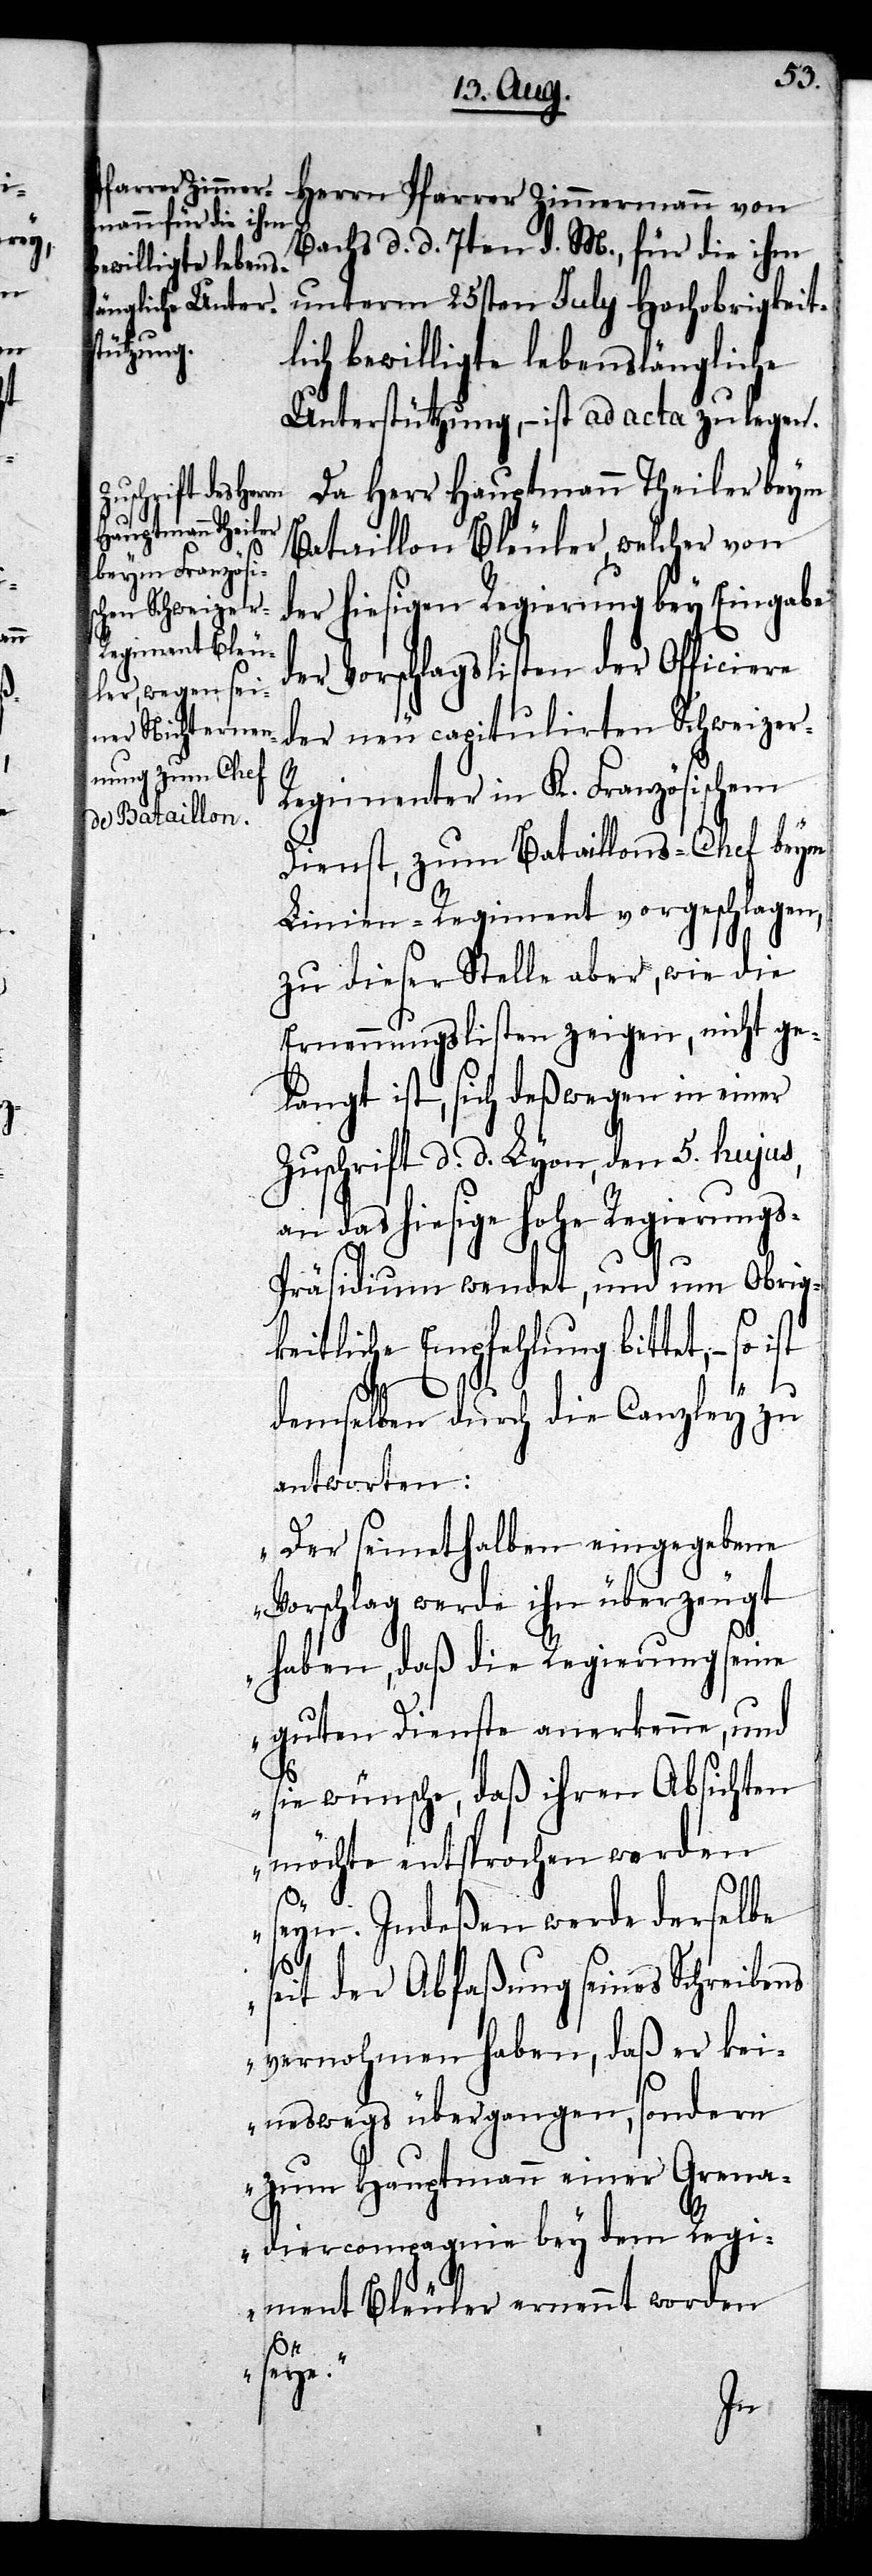
Herrn Pfarrer Zimmermann von
Bachs d. d. 7ten d. M., für die ihm
unterm 25sten July Hochobrigkeit¬
lich bewilligte lebenslängliche
Unterstützung, – ist ad acta zu legen.
Da Herr Hauptmann Theiler beym
Bataillon Bleuler, welcher von
der hiesigen Regierung bey Eingabe
er Vorschlagslisten der Officiere
der neu capitulirten Schweizer-R¬
egimenter in K. Französischem
Dienst, zum Bataillons-Chef beym
Linien-Regiment vorgeschlagen,
zu dieser Stelle aber, wie die
Ernennungslisten zeigen, nicht ge¬
langt ist, sich deßwegen in einer
Zuschrift d. d. Lyon, den 5. hujus,
an das hiesige hohe Regierung¬
s-Präsidium wendet, und um Obrig¬
keitliche Empfehlung bittet, – so
demselben durch die Canzley zu
antworten:
„Der seinethalben eingegebene
Vorschlag werde ihn überzeugt
haben, daß die Regierung seine
guten Dienste anerkenne, und
ist
sie wünsche, daß ihren Absichten
möchte entsprochen worden
seyn. Indeßen werde derselbe
seit der Abfaßung seines Schreibens
vernohmen haben, daß er kei¬
neswegs übergangen, sondern
zum Hauptmann einer Grena¬
diercompagnie bey dem Regi¬
ment Bleuler ernennt worden
seye.